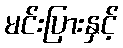
မင်းပြားနှင့်